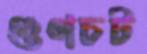
গুণচট